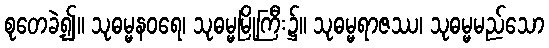
စုတေခဲ့၍။ သုဓမ္မနဝရေ၊ သုဓမ္မမြို့ကြီး၌။ သုဓမ္မရာဇဿ၊ သုဓမ္မမည်သော